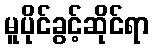
မူပိုင်ခွင့်ဆိုင်ရာ